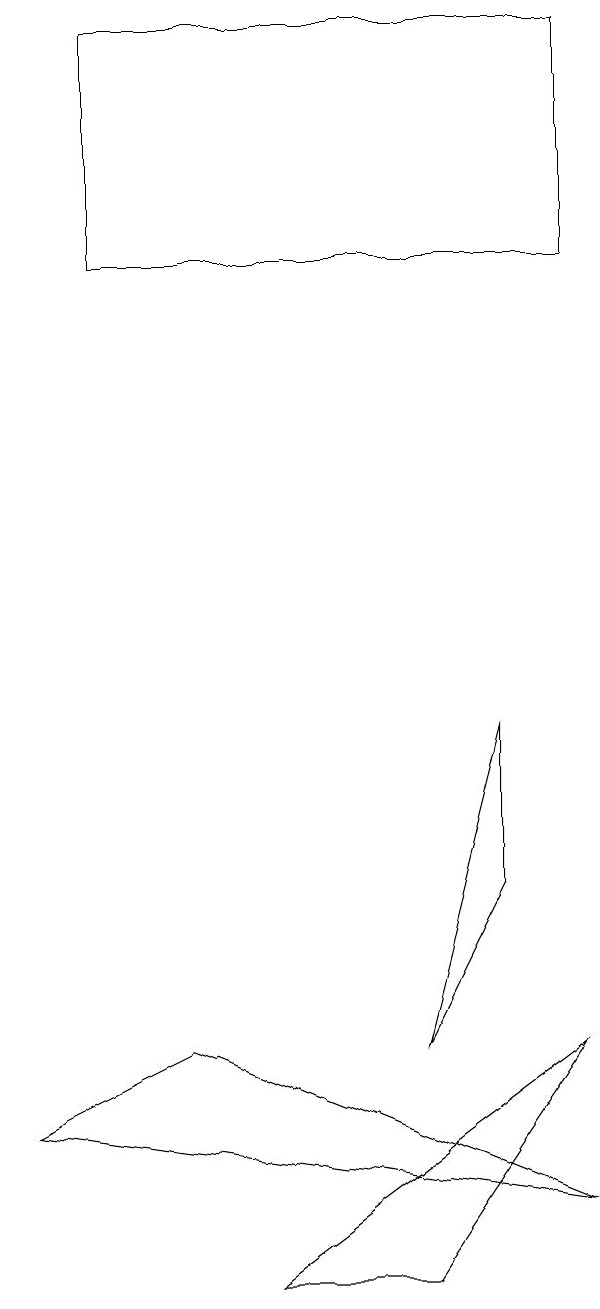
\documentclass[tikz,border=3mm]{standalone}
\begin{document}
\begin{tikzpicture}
\draw (7,8) -- (6,4) -- (7,6) -- cycle;
\draw (8,4) -- (6,1) -- (4,1) -- cycle;
\draw (8,17) rectangle (2,14);
\draw (8,2) -- (3,4) -- (1,3) -- cycle;
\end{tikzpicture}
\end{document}